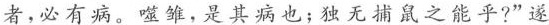
者，必有病。噬雏，是其病也；独无捕鼠之能乎?”遂